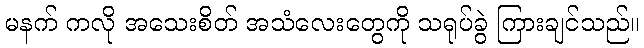
မနက် ကလို အသေးစိတ် အသံလေးတွေကို သရုပ်ခွဲ ကြားချင်သည်။